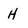
Character: H